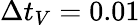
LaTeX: \Delta t_{V}=0.01